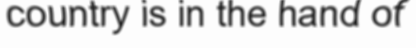
country is in the hand of